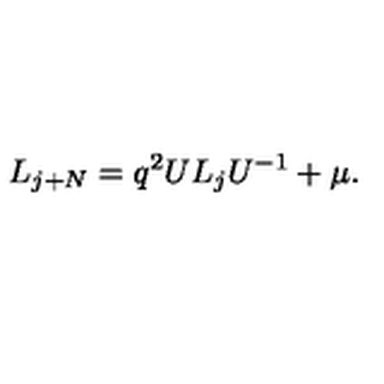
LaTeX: L _ { j + N } = q ^ { 2 } U L _ { j } U ^ { - 1 } + \mu .